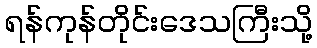
ရန်ကုန်တိုင်းဒေသကြီးသို့